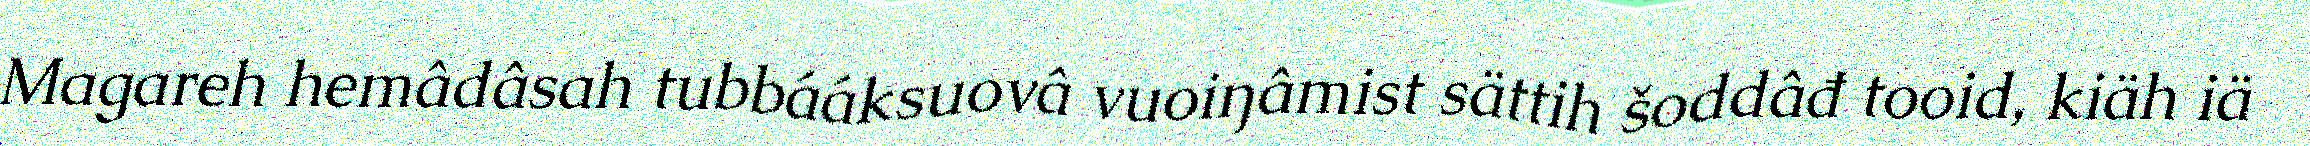
Magareh hemâdâsah tubbááksuovâ vuoiŋâmist sättih šoddâđ tooid, kiäh iä